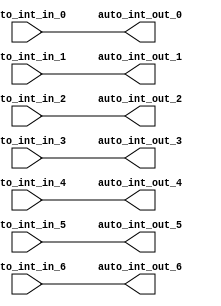
module IntXbar(
  input   auto_int_in_0,
  input   auto_int_in_1,
  input   auto_int_in_2,
  input   auto_int_in_3,
  input   auto_int_in_4,
  input   auto_int_in_5,
  input   auto_int_in_6,
  output  auto_int_out_0,
  output  auto_int_out_1,
  output  auto_int_out_2,
  output  auto_int_out_3,
  output  auto_int_out_4,
  output  auto_int_out_5,
  output  auto_int_out_6
);
  assign auto_int_out_0 = auto_int_in_0; // @[Nodes.scala 1210:84 LazyModule.scala 309:16]
  assign auto_int_out_1 = auto_int_in_1; // @[Nodes.scala 1210:84 LazyModule.scala 309:16]
  assign auto_int_out_2 = auto_int_in_2; // @[Nodes.scala 1210:84 LazyModule.scala 309:16]
  assign auto_int_out_3 = auto_int_in_3; // @[Nodes.scala 1210:84 LazyModule.scala 309:16]
  assign auto_int_out_4 = auto_int_in_4; // @[Nodes.scala 1210:84 LazyModule.scala 309:16]
  assign auto_int_out_5 = auto_int_in_5; // @[Nodes.scala 1210:84 LazyModule.scala 309:16]
  assign auto_int_out_6 = auto_int_in_6; // @[Nodes.scala 1210:84 LazyModule.scala 309:16]
endmodule